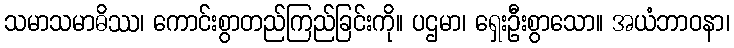
သမာသမာဓိဿ၊ ကောင်းစွာတည်ကြည်ခြင်းကို။ ပဌမာ၊ ရှေးဦးစွာသော။ အယံဘာဝနာ၊